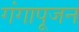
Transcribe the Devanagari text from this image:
गंगापूजन